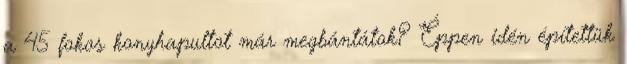
a 45 fokos konyhapultot már megbántátok? Éppen idén építettük